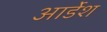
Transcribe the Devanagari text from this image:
आर्डेश